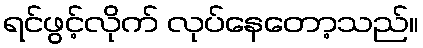
ရင်ဖွင့်လိုက် လုပ်နေတော့သည်။